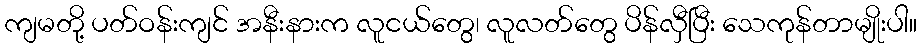
ကျမတို့ ပတ်ဝန်းကျင် အနီးနားက လူငယ်တွေ၊ လူလတ်တွေ ပိန်လှီပြီး သေကုန်တာမျိုးပါ။